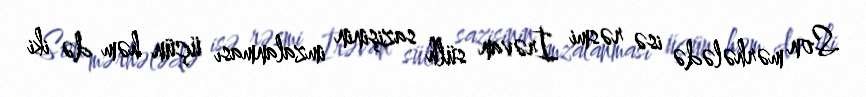
Son mərhələdə isə rəsmi İrəvan sülh sazişinin imzalanması üçün həm də iki